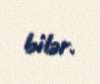
bilər.